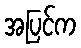
အပြင်က